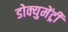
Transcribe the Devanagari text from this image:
डोक्युमेंट्री